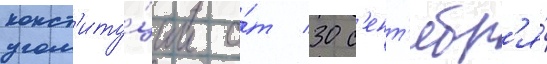
конст'иту́ции о́т 30 с'ент'ябр'я́